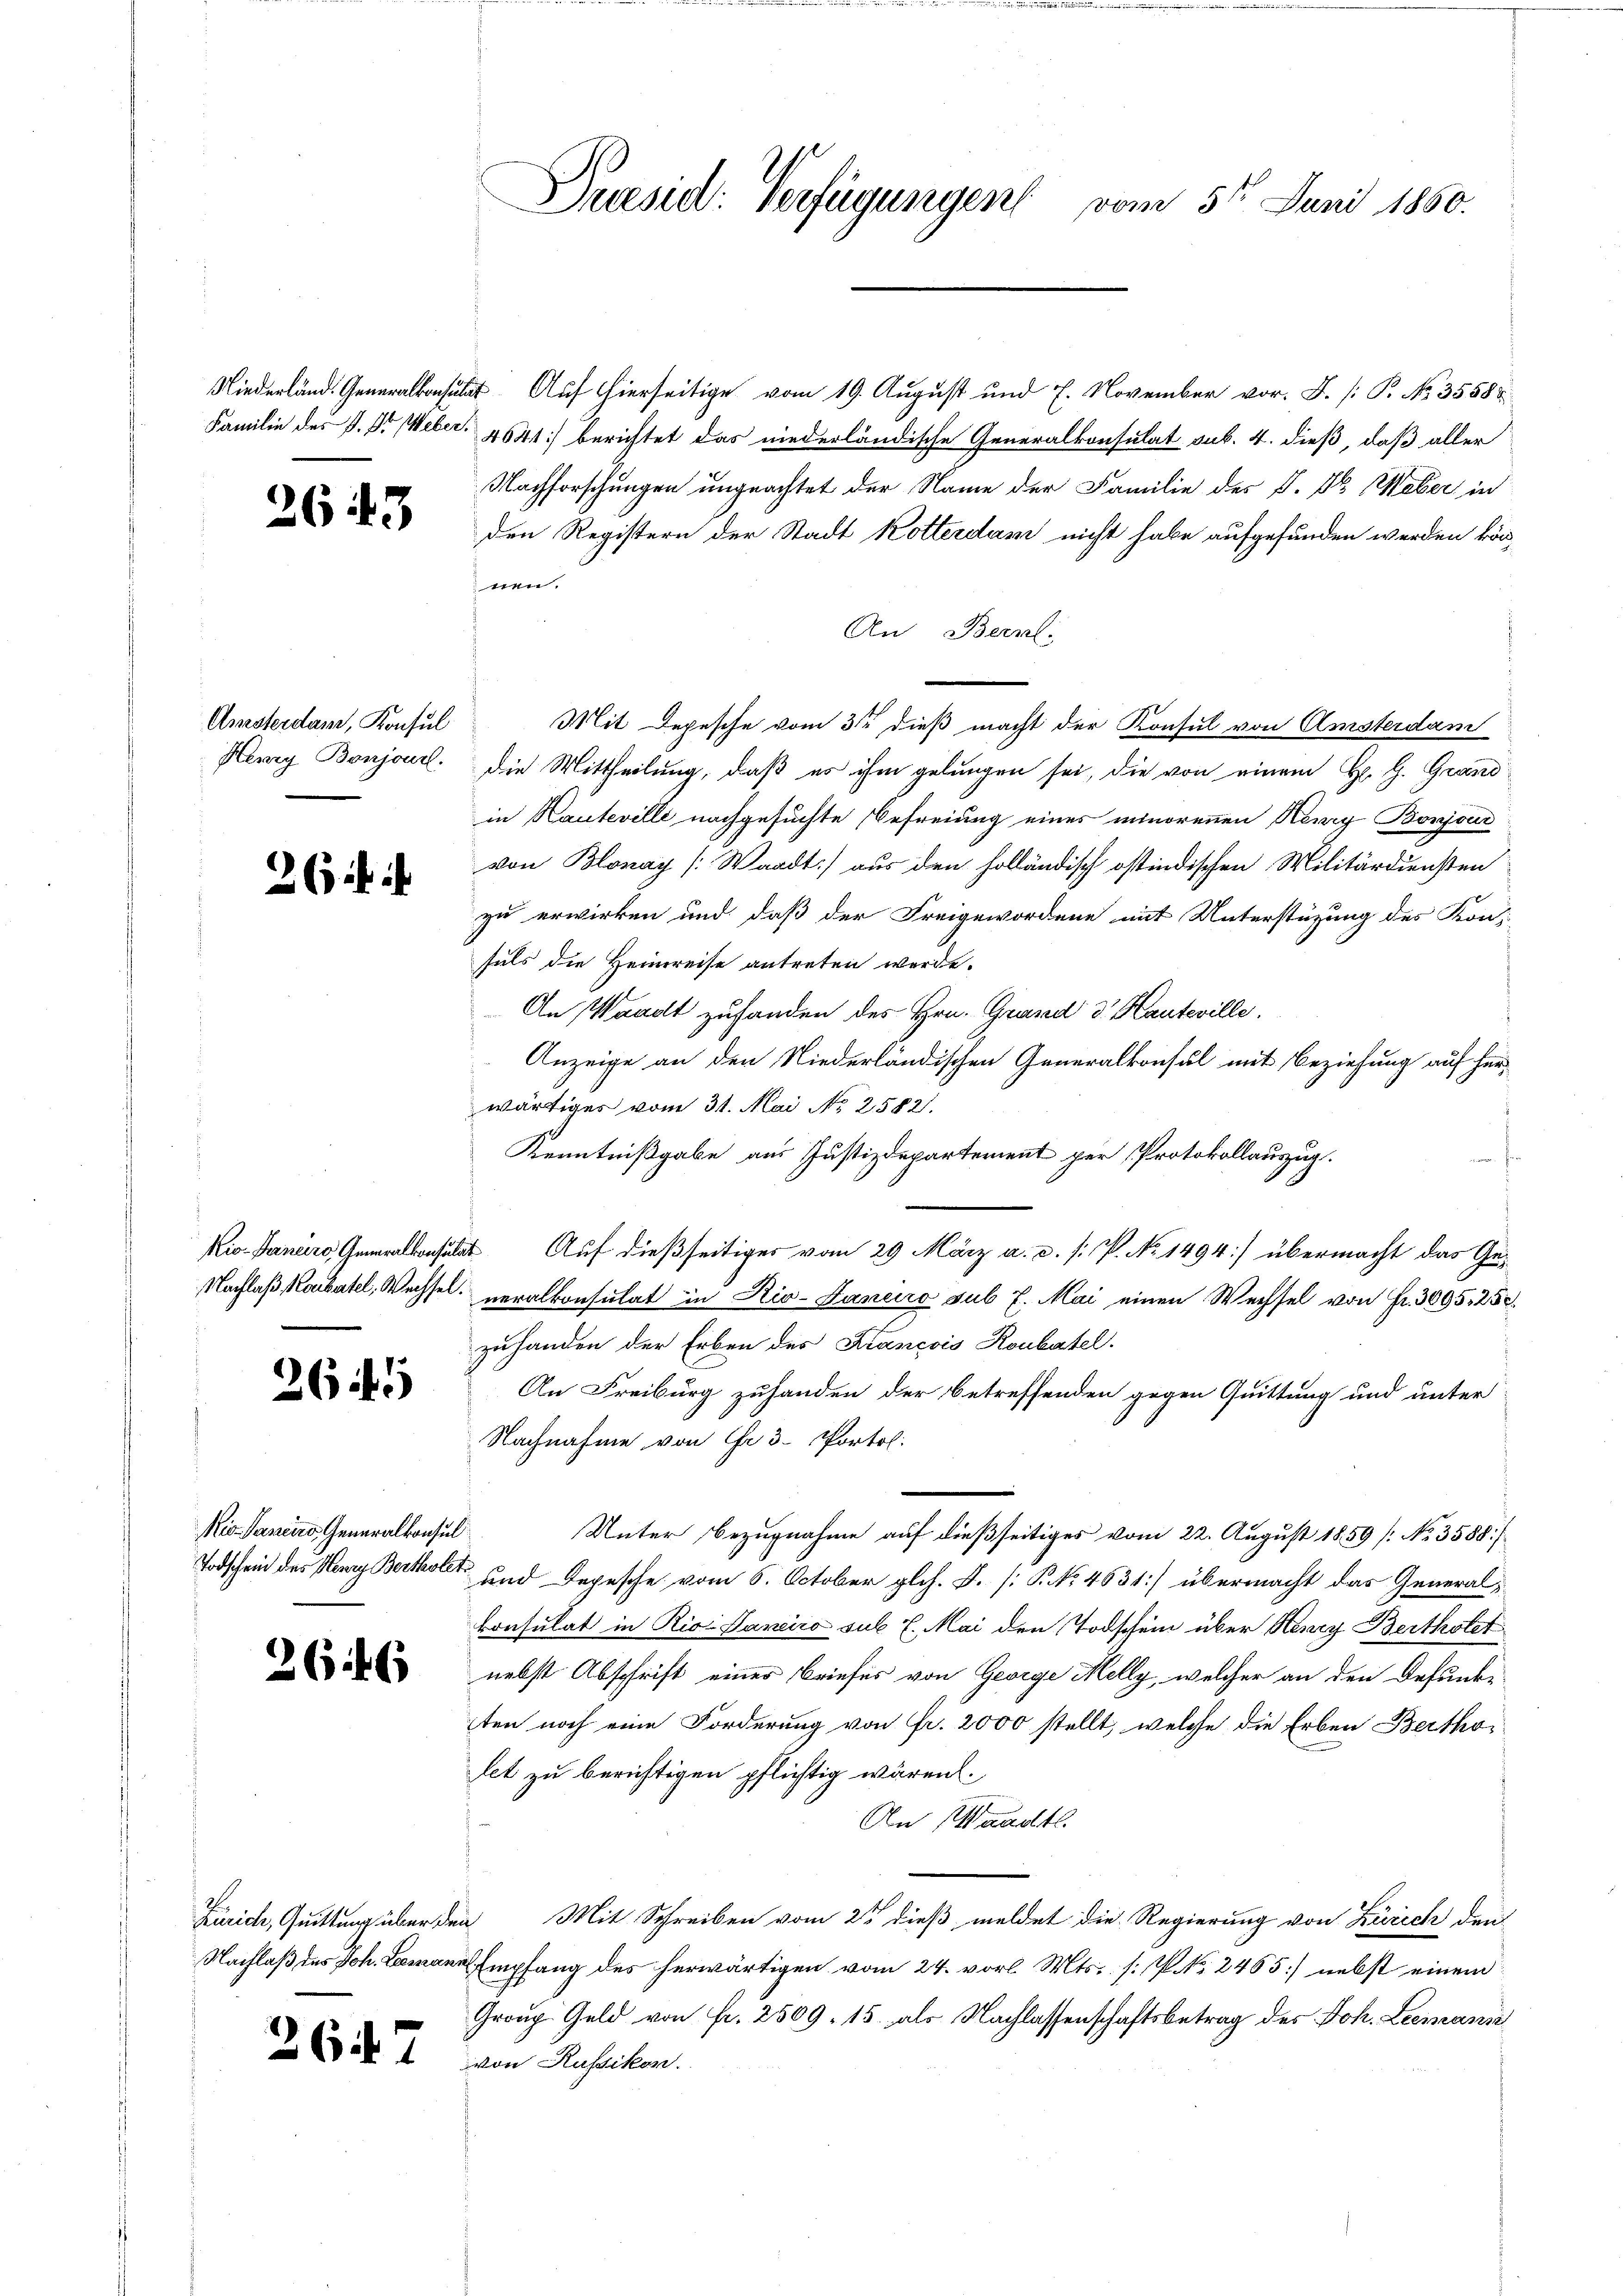
2643

Amsterdam, Konsul

261

2649

Nio Sancirs, Generalkonsul
Todschein des Henry Bertholet

266

Zürich, Quittung über den

2647

Présid: Verfügungen vom 5ten Juni 1860.

Niederländ. Generals Auf hierseitige vom 19. August und 7. November vor. J. /: P. No. 35588.
Familie des P. Dr Weber, 4641) berichtet das niederländische Generalkonsulat sub. 4. dieß, daß aller
Nachforschungen ungeachtet der Name der Familie des P. Dr. Weber in
den Registern der Stadt Kotterdam nicht habe aufgefunden werden können.
An Bern:
Mit Depesche vom 3ten dieß macht der Konsul von Amsterdam
Henry Bonjoncl. die Mittheilung, daß es ihm gelungen sei, die von einem Hr. G. Grandin Kauteville nachgesuchte Befreiung eines minorennen Kenry Bonjour
von Blonay [Waadt aus den holländisch ostindischen Militärdiensten
zu erwirken und daß der Freigewordene mit Unterstüzung des Konsuls die Heimreise antreten werde.
An Waadt zufanden des Hrn. Grund d. Kauteville.
Anzeige an den Niederländischen Generalkonsul mit Beziehung auf herwärtiges vom 31. Mai No 2582.
Kenntnißgabe aus Justizdepartement per Protokollauszug.
Kio- Banaro Generalkonsulat Auf dießseitiges vom 29 März a. c. s. P. No 1494] übermacht das Ge-
Nachlaß Kaubatel, Wechsel veralkonsulat in Rio-Janeiro sub 7. Mai einen Wechsel von Fr. 3095. 250.
zuhanden der Erben des Krancois Roubatel.
An Freiburg zuhanden der betreffenden gegen Quittung und unter
Nachnahme von Fr. 3. Portol.
Unter Bezugnahme auf dießseitiges vom 22. August 1859 [No 3588/
und Depesche vom 6. October glch. D. P. No 4631] übermacht das General¬
Consulat in Rio Saneiro sub 7. Mai den Todschein über Henry Berthotet
nebst Abschrift einer Briefes von George Melly, welcher an den Defunde
ten noch eine Forderung von fr. 2000 stellt, welche die Erben Bertholet zu berichtigen pflichtig wären.
An Waadt
Mit Schreiben vom 2t dieß, meldet die Regierung von Zürich den
Nachlaß des Joh. Leemann Empfang des herwärtigen vom 24. vorl. Mts. [P NNo. 2465] nebst einem
Group Geld von Fr. 2509. 15 als Nachlassenschaftsbetrag des Joh. Leemann
von Russikon.